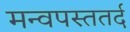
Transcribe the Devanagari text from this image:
मन्वपस्ततर्द